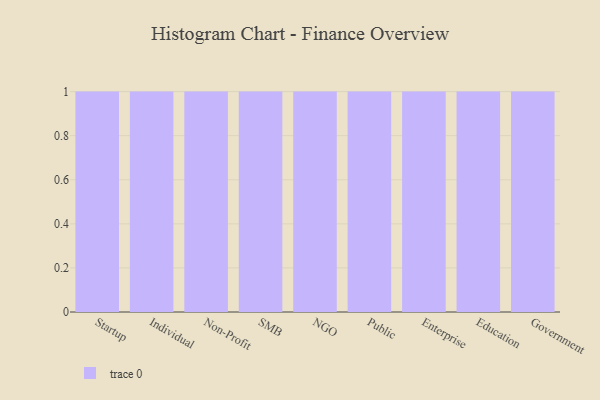
{"axis": {"x": "Segment", "y": "Satisfaction Score"}, "legend": [""], "data": [{"x": "Startup", "y": 28, "type": ""}, {"x": "Individual", "y": 91, "type": ""}, {"x": "Non-Profit", "y": 28, "type": ""}, {"x": "SMB", "y": 45, "type": ""}, {"x": "NGO", "y": 26, "type": ""}, {"x": "Public", "y": 17, "type": ""}, {"x": "Enterprise", "y": 1, "type": ""}, {"x": "Education", "y": 79, "type": ""}, {"x": "Government", "y": 22, "type": ""}]}